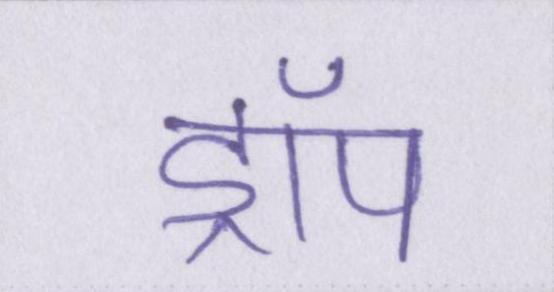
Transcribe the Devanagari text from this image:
ड्रॉप